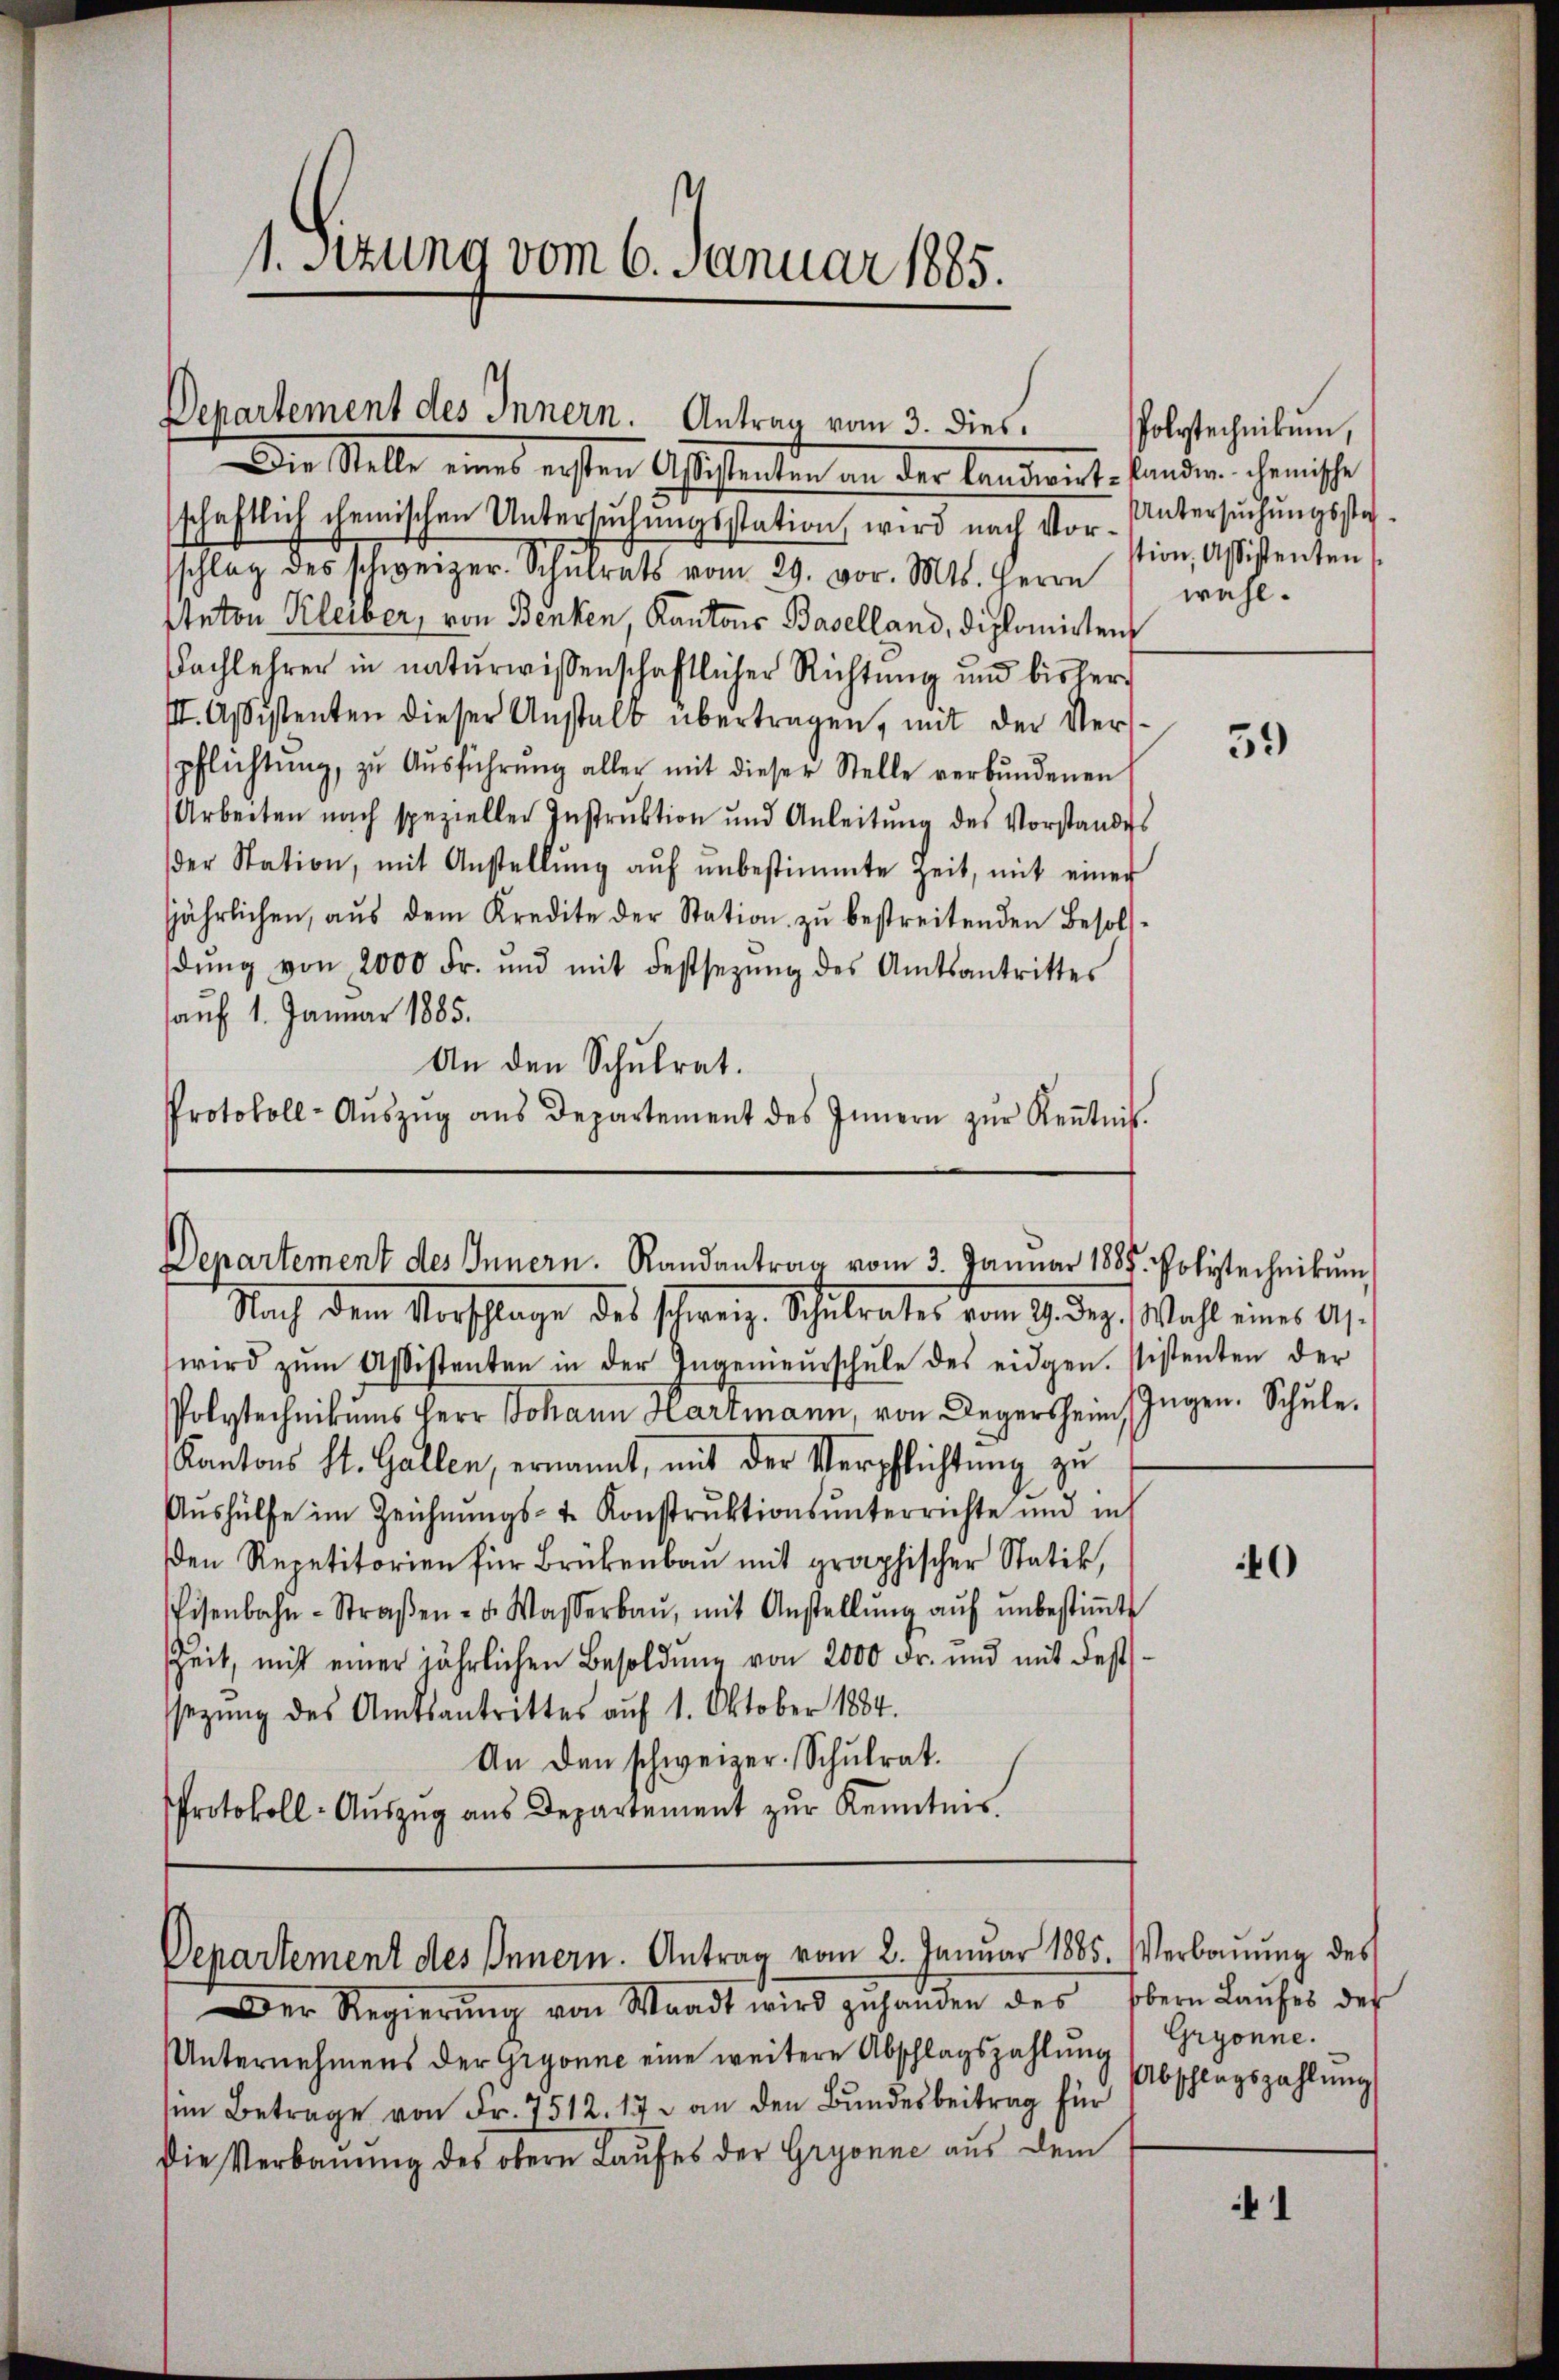
1. Sitzung vom 6. Januar 1885.

Departement des Innern. Antrag vom 3. dies

Die Stelle eines ersten Aßistenten an der Candinirte fandern chemische
5
schaftlich chemischen Untersŭchŭngsstation wird nach Vor-Untersŭchŭngssta
sschlag des schweizer. Schŭlrats vom 29. vor. Mts. Herrn wohl-
Anton Kleiber, von Benken Kantons Baselland, diplomirten
Nachlehrer in naturwissenschaftlicher Richtung und bisher
III. Assistenten dieser Anstalt übertragen, mit der Verspflichtŭng, zŭ Aŭsführŭng aller mit dieser Stelle verbŭndenen
Arbeiten nach spezieller Instrŭktion und Anleitŭng des Vorstandes
der Station, mit Anstellŭng aŭf ŭnbestimmte Zeit, mit einer
jährlichen, aŭs dem Kredite der Station zŭ bestreitenden Besol
dŭng von 2000 Fr. und mit Festsezŭng des Amtsantrittes
auf 1. Januar 1885.
An den Schulrat.
Protokoll- Aŭszŭg ans Departement des Innern zŭr Keṅtnis.

Departement des Innern. Randantrag vom 3. Januar 1885. Polytechnikŭm
Nach dem Verschlage des schweiz. Schulrates vom 29. Dez. Wahl eines Al.

wird zŭm Aßistenten in der Ingenieŭrschŭle des eidgen. sistenten der
Polytechnikums Herr Johann Hartmann von Degersheim Ingen. Schule.
Kantons St. Gallen, ernannt, mit der Verpflichtung zu
Aŭshülfe im Zeichnŭngs- u. Konstruktionsunterrichte und in
den Repetitorien für Brüken mit graphischer Statik,
Eisenbahn-Straβen- u. Wasserbaŭ, mit Anstellŭng aŭf ŭnbestiṁte
Zeit mit einer jährlichen Besoldung von 2000 Fr. und mit des
sezung des Amtsantrittes auf 1. Oktober 1884.
An den schweizer. Schulrat.
Protokoll-Aŭszŭg ans Departement zŭr Kenntnis.

Departement des Innern. Antrag vom 2. Januar 1885. Verbaŭŭng des
Der Regierŭng von Waadt wird zŭhanden des obern Laufes der

Polytechnikum,
tion, Assistenten

Unternehmens der Gryonne eine weitere Abschlagszahlung
sen Betrage von Fr. 7512. 17. an den Bundesbeitrag für
Die Verbaŭŭng des obern Laufes der Gryonne aus dem

59

40

Gryonne.
Abschlagszahlung

1